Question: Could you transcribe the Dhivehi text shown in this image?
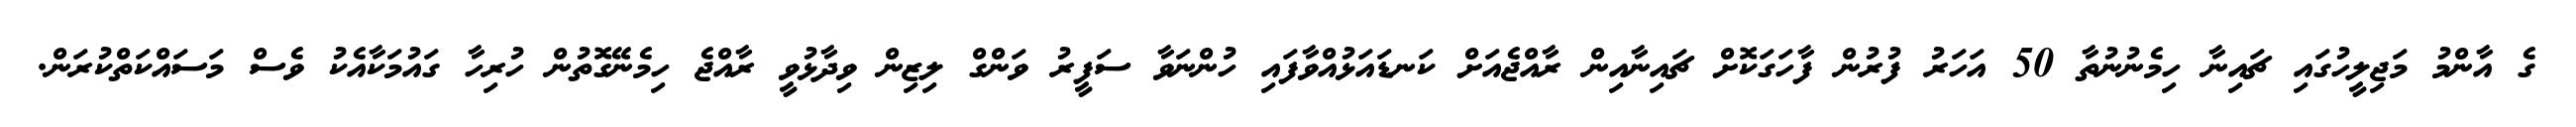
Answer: ގެ އާންމު މަޖިލީހުގައި ޗައިނާ ހިމެނުނުތާ 50 އަހަރު ފުރުން ފާހަގަކޮށް ޗައިނާއިން ރާއްޖެއަށް ކަނޑައަޅުއްވާފައި ހުންނަވާ ސަފީރު ވަންގް ލިޒިން ވިދާޅުވީ ރާއްޖެ ހިމެނޭގޮތުން ހުރިހާ ގައުމަކާއެކު ވެސް މަސައްކަތްކުރަން.